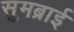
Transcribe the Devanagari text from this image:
सुमब्राई